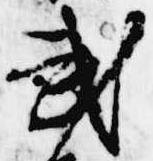
武